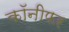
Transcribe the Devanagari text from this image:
कॉनीफर